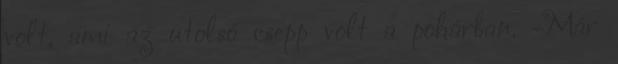
volt, ami az utolsó csepp volt a pohárban. -Már